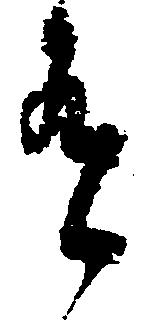
有